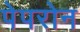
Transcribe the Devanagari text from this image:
पेपरोन